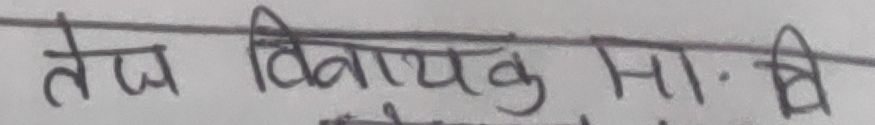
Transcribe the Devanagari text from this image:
तेज विनायक मा.वि.